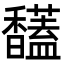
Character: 𩡤